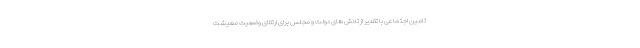
تامین اجتماعی با تقدیر از تلاش های دولت و مجلس برای ارتقای وضعیت معیشت